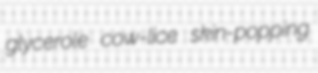
glycerole cow-lice skin-popping